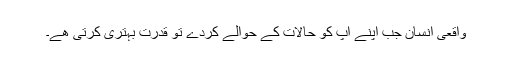
واقعی انسان جب اپنے آپ کو حالات کے حوالے کردے تو قدرت بہتری کرتی ھے۔